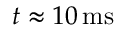
t \approx 1 0 \, \mathrm { m s }